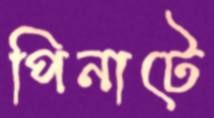
পিনাটে